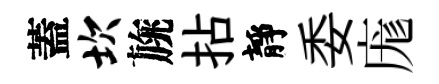
蓋坎旐拈靜委庬